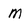
Character: m